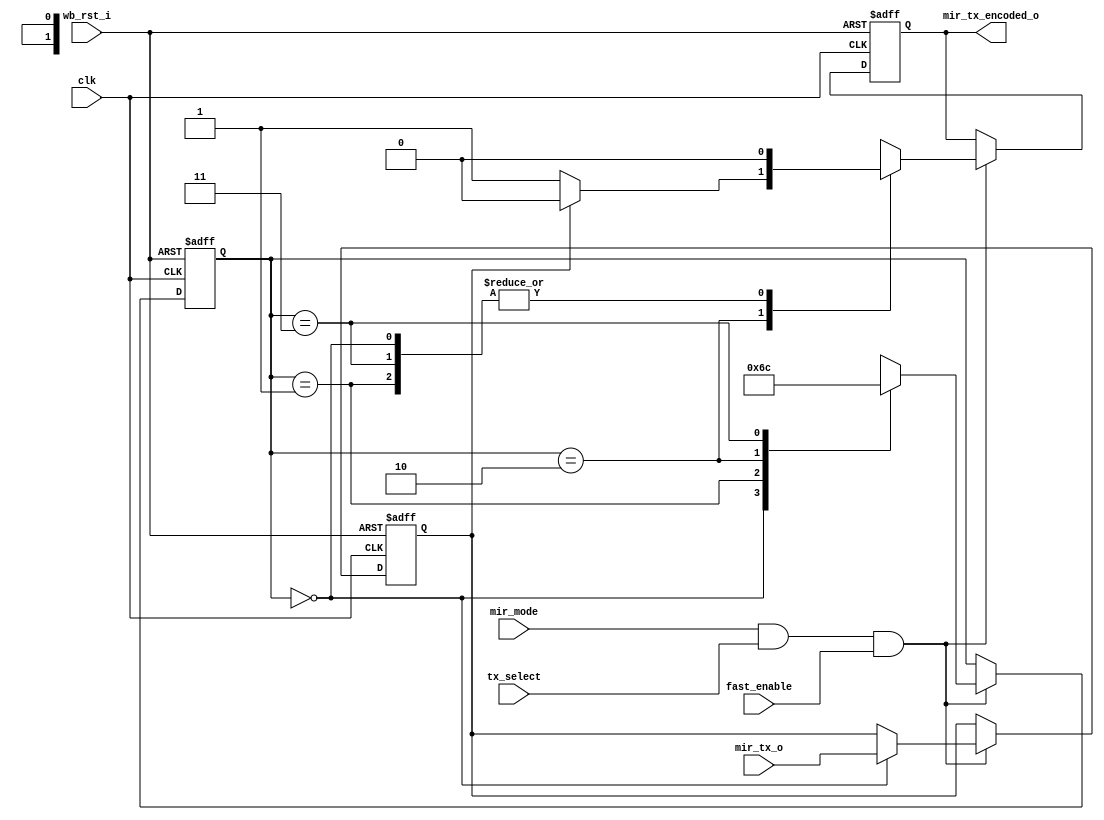
module irda_mir_encoder (clk, wb_rst_i, mir_tx_o, mir_mode, mir_tx_encoded_o, fast_enable, tx_select);

input			clk;
input			wb_rst_i;
input			mir_tx_o;
input			fast_enable;
input			mir_mode;
input			tx_select;
output		mir_tx_encoded_o;

reg			mir_tx_encoded_o;

reg			latch;

// Bit encoder FSM
// there are 4 phases in each bit
// on the third phase the bit is determined by high state for logic '0' and low for '1'

parameter st0=0, st1=1, st2=2, st3=3;
reg	[1:0]	state;

always @(posedge clk or posedge wb_rst_i)
begin
	if (wb_rst_i) begin
		latch <= #1 0;
		mir_tx_encoded_o <= #1 0;
		state <= #1 st0;
	end else if (mir_mode && tx_select && fast_enable) begin
		case (state)
			st0 : 
				begin
					latch <= #1 mir_tx_o;
					state <= #1 st1;
					mir_tx_encoded_o <= #1 0;
				end
			st1 :
				begin
					state <= #1 st2;
					mir_tx_encoded_o <= #1 0;
				end
			st2 :
				begin
					state <= #1 st3;
					mir_tx_encoded_o <= #1 latch ? 0 : 1;
				end
			st3 :
				begin
					state <= #1 st0;
					mir_tx_encoded_o <= #1 0;
				end
		endcase
	end
end

endmodule